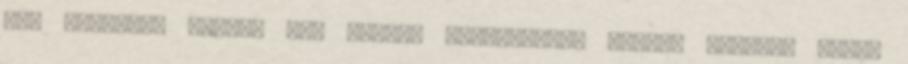
lap történet hivatk log dellog szerkesztés figyel lapinfo töröl